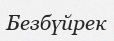
Безбүйрек